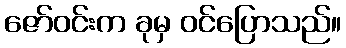
ဇော်ဝင်းက ခုမှ ဝင်ပြောသည်။